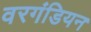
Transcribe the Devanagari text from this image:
वरगंडियन